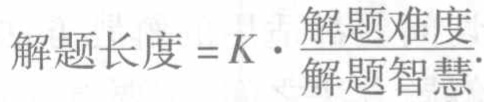
\(解题长度 = K\cdot\frac{解题难度}{解题智慧}\)